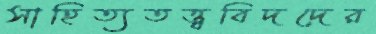
সাহিত্যতত্ত্ববিদদের